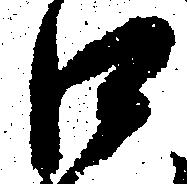
口